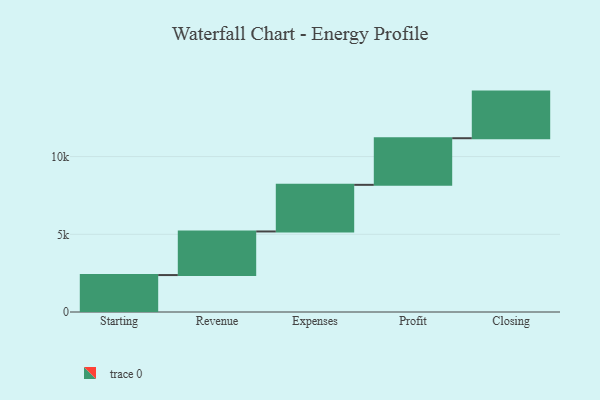
{"axis": {"x": "Step", "y": "Value"}, "legend": [""], "data": [{"x": "Starting", "y": 2377.0, "type": ""}, {"x": "Revenue", "y": 2806.0, "type": ""}, {"x": "Expenses", "y": 3000, "type": ""}, {"x": "Profit", "y": 3000, "type": ""}, {"x": "Closing", "y": 3000, "type": ""}]}